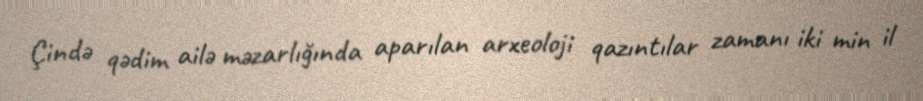
Çində qədim ailə məzarlığında aparılan arxeoloji qazıntılar zamanı iki min il